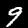
Digit: 9